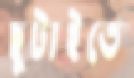
ছুটাইতে